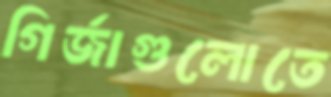
গির্জাগুলোতে